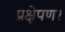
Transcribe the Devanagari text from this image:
प्रक्षेपण।